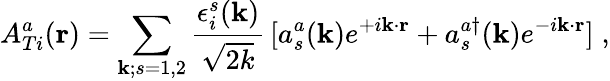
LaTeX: A_{Ti}^{a}({\mathbf{r}})=\sum_{{\mathbf{k}};s=1,2}\frac{\epsilon_{i}^{s}({\mathbf{k}})}{\sqrt{2k}}\, [a_{s}^{a}({\mathbf{k}})e^{+i{\mathbf{k}}\cdot{\mathbf{r}}}+a_{s}^{a\dagger}({\mathbf{k}})e^{-i{\mathbf{k}}\cdot{\mathbf{r}}}]\; ,